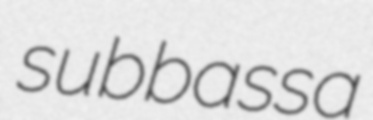
subbassa